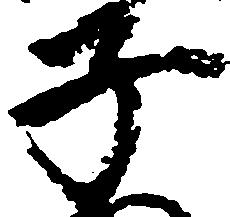
子